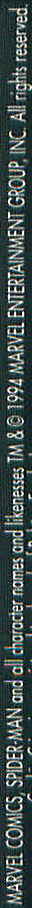
MARVEL COMICS. SPIDER-MAN and all character names and likenesses TM & © 1994 MARVEL ENTERTAINMENT GROUP, INC. All rights reserved.